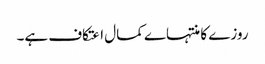
روزے کا منتہاے کمال اعتکاف ہے۔